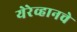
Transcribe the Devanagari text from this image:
येरेव्हानचे